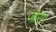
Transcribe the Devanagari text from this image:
जोरंग